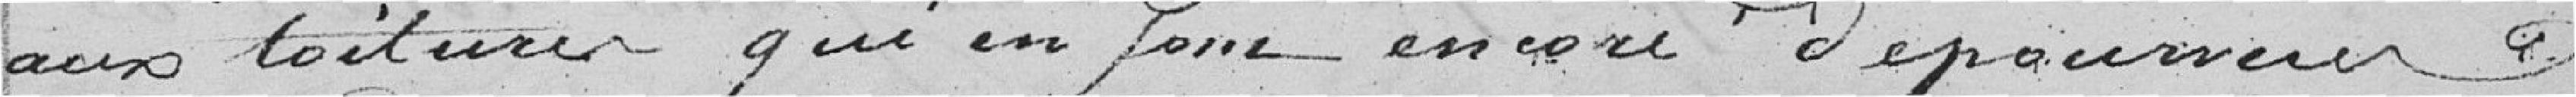
aux toitures qui en sont encore dépourvues